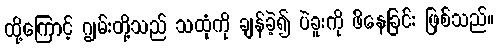
ထို့ကြောင့် ဂျွမ်းတို့သည် သထုံကို ချန်ခဲ့၍ ပဲခူးကို ဖိနေခြင်း ဖြစ်သည်။